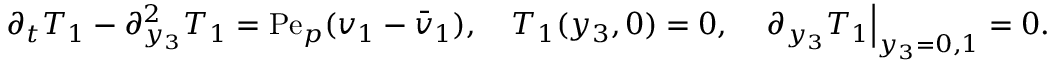
\partial _ { t } T _ { 1 } - \partial _ { y _ { 3 } } ^ { 2 } T _ { 1 } = \mathrm { P e } _ { p } ( v _ { 1 } - \bar { v } _ { 1 } ) , \quad T _ { 1 } ( y _ { 3 } , 0 ) = 0 , \quad \left. \partial _ { y _ { 3 } } T _ { 1 } \right| _ { y _ { 3 } = 0 , 1 } = 0 .